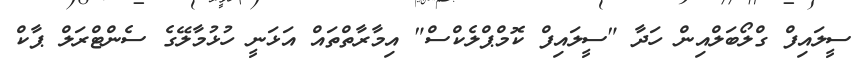
ސީލައިފް ގްލޯބަލްއިން ހަދާ "ސީލައިފް ކޮމްޕްލެކްސް" އިމާރާތްތައް އަޅަނީ ހުޅުމާލޭގެ ސެންޓްރަލް ޕާކް